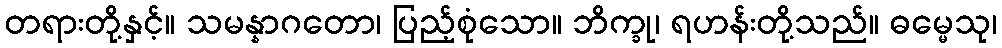
တရားတို့နှင့်။ သမန္နာဂတော၊ ပြည့်စုံသော။ ဘိက္ခု၊ ရဟန်းတို့သည်။ ဓမ္မေသု၊